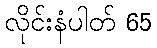
လိုင်းနံပါတ် 65